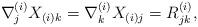
LaTeX: \begin{align*}\nabla^{(i)}_j X_{(i)k}=\nabla^{(i)}_k X_{(i)j}=R^{(i)}_{jk},\end{align*}